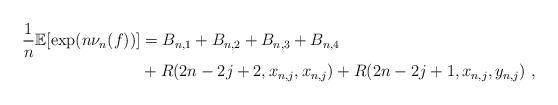
LaTeX: \begin{align*} \frac{1}{n}\mathbb{E}[\exp(n \nu_n(f))] &= B_{n,1} +B_{n,2} +B_{n,3} + B_{n,4 } \\ & + R(2n - 2j + 2, x_{n, j}, x_{n, j}) + R(2n - 2j + 1, x_{n, j}, y_{n, j}) ~, \end{align*}